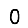
Digit: 0